Insane asylums in Bengal annual reports 1876-1887 - 1876-1887
Year: 1876
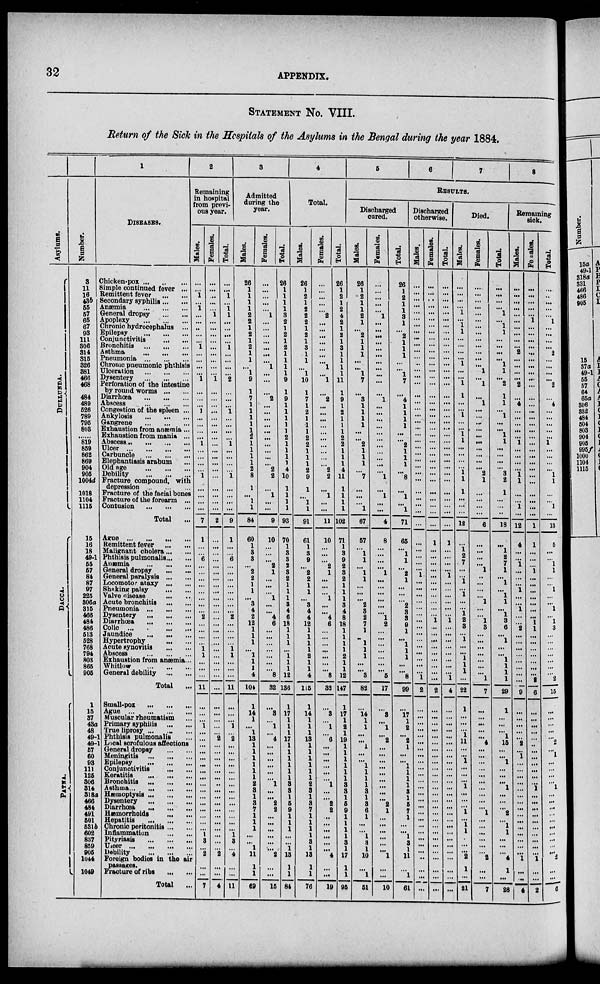
32
APPENDIX.
STATEMENT No. VIII.
Return of the Sick in the Hospitals of the Asylums in the Bengal during the year 1884.
Asylums.
DULLUNDA .
DACCA.
PATNA.
Number.
3
11
16
43b
55
57
93
111
306
314
315
326
381
466
468
484
489
526
789
795
803
......
819
859
862
869
904
905
1004d
1018
1104
1115
15
16
18
49-1
55
57
84
87
97
225
306a
315
466
484
486
513
528
768
794
803
865
905
1
15
37
43a
48
49-1
49-1
57
60
93
111
125
306
314
318a
466
484
491
501
531b
602
837
859
905
1044
1049
1
DISEASES.
Chicken-pox ... ... ...
Simple continued fever ...
Remittent fever ... ...
Secondary syphilis...
Anæmia
...
...
...
General dropsy
...
...
Epilepsy
...
...
...
Conjunctivitis ... ...
Bronchitis
...
...
...
Asthma ... ... ...
Pneumonia
...
...
...
Chronic pneumonic phthisis
Ulceration
...
...
...
Dysentery
...
...
...
Perforation of the intestine
by round worms ... ...
Diarrhœa
...
...
...
Abscess
...
...
...
Congestion of the spleen ...
Ankylosis ... ... ...
Gangrene
...
...
...
Exhaustion from anæmia...
Exhaustion from mania ...
Abscess ... ... ... ...
Ulcer
...
...
...
...
Carbuncle ... ... ... ...
Elephantiasis arabum ...
Old Age
...
...
...
Debility
...
...
...
Fracture compound, with
depression
Fracture of the facial bones
Fracture of the forearm ...
Contusion
...
...
...
Total ...
Ague
...
...
...
Remittent fever
...
...
Malignant cholera ... ...
Phthisis pulmonalis ... ...
Anæmia
...
...
...
General dropsy ... ...
General paralysis ... ...
Locomotor ataxy ... ...
Shaking palsy ... ...
Valve disease ... ...
Acute bronchitis... ... ...
Pneumonia
...
...
...
Dysentery
...
...
...
Diarrhœa ... ... ...
Colic ... ... ...
Jaundice
...
...
...
Hypertrophy ... ... ...
Acute synovitis ... ... ...
Abscess
...
...
...
Exhaustion from anæmia...
Whitlow
...
...
...
General debility ... ... ...
Total ...
Small-pox ... ... ...
Ague
...
...
...
...
Muscular rheumatism ...
Primary syphilis ... ...
True liprosy ... ... ...
Phthisis pulmonalis ...
Local scrofulous affections
General dropsy
...
Meningitis
...
...
...
Epilepsy
...
...
...
Conjunctivitis
...
..
Keratitis
...
...
...
Bronchitis ... ... ...
Asthma
...
...
...
Hæmoptysis ... ... ...
Dysentery
...
...
...
Diarrhœa ... ... ...
Hæmorrhoids ... ... ...
Hepatitis
...
...
...
Chronic peritonitis ... ...
Inflammation
...
...
Pityriasis
...
...
Ulcer
...
...
...
Debility ... ... ... ...
Foreign bodies in the air
passages.
Fracture of ribs ... ...
Total ...
2
Remaining
in hospital
from previ-
ous year.
Males.
...
...
1
...
1
...
...
...
...
...
1
...
...
...
...
1
...
...
...
1
...
...
...
...
1
...
...
...
...
1
...
...
...
...
7
1
...
...
6
...
...
...
...
...
...
...
...
2
...
...
...
...
1
1
...
...
...
11
...
...
...
1
...
...
...
...
...
...
...
...
...
...
...
...
...
...
...
...
1
3
...
2
...
...
7
Females.
...
...
...
...
...
1
...
...
...
...
...
...
...
...
...
1
...
...
...
...
...
...
...
...
...
...
...
...
...
...
...
...
...
...
...
...
...
...
...
...
...
...
...
...
...
...
...
...
...
...
...
...
...
...
...
...
...
...
...
...
...
...
...
2
...
...
...
...
...
...
...
...
...
...
...
...
...
...
..
...
...
2
...
...
4
Total.
...
...
1
...
1
1
...
...
...
...
1
...
...
...
...
2
...
...
...
1
...
...
...
...
1
...
...
...
...
1
...
...
...
...
9
1
...
...
6
...
...
...
...
...
...
...
...
2
...
...
...
...
1
1
...
...
...
11
...
...
...
1
2
...
...
...
...
...
...
...
...
...
...
...
...
...
...
1
3
...
4
...
...
11
3
Admitted
during the
year.
Males.
26
1
1
1
1
2
2
1
2
1
2
1
1
...
1
9
1
7
1
1
1
1
1
2
1
1
1
1
2
8
1
...
1
1
84
60
1
3
3
...
2
2
1
1
...
3
4
2
12
1
1
1
...
1
1
1
4
104
1
14
1
...
1
13
1
1
1
1
1
1
2
3
1
3
7
1
1
1
...
...
1
11
1
1
69
Females.
...
...
...
...
...
1
...
...
...
...
...
...
...
1
...
...
...
2
...
...
...
...
...
...
...
...
...
...
2
2
...
1
...
...
9
10
...
...
...
2
1
...
...
...
1
...
...
4
6
...
...
...
...
...
...
...
8
32
...
3
...
1
...
4
...
...
...
...
...
...
1
...
...
2
2
...
...
...
...
...
...
2
...
...
15
Total.
26
1
1
1
1
3
2
1
2
1
2
1
1
1
1
9
1
9
1
1
1
1
1
2
1
1
1
1
4
10
1
1
1
1
93
70
1
3
3
2
3
2
1
1
1
3
4
6
18
1
1
1
...
1
1
1
12
136
1
17
1
1
1
17
1
1
1
1
1
1
3
3
1
5
9
1
1
1
...
...
1
13
1
1
84
4
Total.
Males.
26
1
2
1
2
2
2
1
2
1
3
1
1
...
1
10
1
7
1
2
1
1
1
2
2
1
1
1
2
9
1
...
1
1
91
61
1
3
9
...
2
2
1
1
1
3
4
4
12
1
1
1
1
2
1
1
4
115
1
14
1
1
1
13
1
1
1
1
1
1
2
3
1
2 7
1
1
1
1
3
1
13
1
1
76
Females.
...
...
...
...
...
2
...
...
...
...
...
...
...
1
...
1
...
2
...
...
...
...
...
...
...
...
...
...
2
2
...
1
...
...
11
10
...
...
...
2
1
...
...
...
...
...
...
4
6
...
...
...
...
...
...
...
8
32
...
3
...
1
...
6
...
...
...
...
...
...
1
...
...
5
2
...
...
...
...
...
...
4
...
...
19
Total.
26
1
2
1
2
4
2
1
2
1
3
1
1
1
1
11
1
9
1
2
1
1
1
2
2
1
1
1
4
11
1
1
1
1
102
71
1
3
9
2
3
2
1
1
1
3
4
8
18
1
1
1
1
2
1
1
12
147
1
17
1
2
1
19
1
1
1
1
1
1
3
3
1
5
9
1
1
1
1
3
1
17
1
1
95
5
6
7
8
RESULTS.
Discharged
cured.
Males.
26
1
2
1
1
2
...
...
2
1
1
1
...
...
1
7
...
3
1
1
1
1
...
...
2
1
1
1
...
7
...
...
...
1
67
57
...
1
1
...
1
1
1
...
...
...
3
2
7
1
...
1
1
1
...
...
3
82
...
14
1
1
...
...
1
...
...
1
1
1
1
3
1
3
6
1
...
...
1
3
1
10
...
1
51
Females.
...
...
...
...
...
1
...
...
...
...
...
...
...
...
...
...
...
1
...
...
...
...
...
...
...
...
...
...
...
1
...
1
...
...
4
8
...
...
...
...
1
...
...
...
...
...
...
1
2
...
...
...
...
...
...
...
5
17
...
3
...
1
...
2
...
...
...
...
...
...
...
...
...
2
1
...
...
...
...
...
...
1
...
...
10
Total.
26
1
2
1
1
3
...
...
2
1
1
1
...
...
1
7
...
4
1
1
1
1
...
...
2
1
1
1
...
8
...
1
...
1
71
65
...
1
1
...
2
1
1
...
...
...
3
3
9
1
...
1
1
1
...
...
8
99
...
17
1
2
...
2
1
...
...
1
1
1
1
3 1
5
7
1
...
...
1
3
1
11
...
1
61
Discharged
otherwise.
Males.
...
...
...
...
...
...
...
...
...
...
...
...
...
...
...
...
...
...
...
...
...
...
...
...
...
...
...
...
...
...
...
...
...
...
...
...
...
...
...
...
1
...
...
...
...
...
...
...
...
...
...
...
...
...
...
...
1
2
...
...
...
...
...
...
...
...
...
...
...
...
...
...
...
...
...
...
...
...
...
...
...
...
...
...
...
Females.
...
...
...
...
...
...
...
...
...
...
...
...
...
...
...
...
...
...
...
...
...
...
...
...
...
...
...
...
...
...
...
...
...
...
...
1
...
...
...
...
...
...
...
...
...
...
...
1
...
...
...
...
...
...
...
...
...
2
...
...
...
...
...
...
...
...
...
...
...
...
...
...
...
...
...
...
...
...
...
...
...
...
...
...
...
Total.
...
...
...
...
...
...
...
...
...
...
...
...
...
...
...
...
...
...
...
...
...
...
...
...
...
...
...
...
...
...
...
...
...
...
...
1
...
...
...
...
1
...
...
...
...
...
...
1
...
...
...
...
...
...
...
...
1
4
...
...
...
...
...
...
...
...
...
...
...
...
...
...
...
...
...
...
...
...
...
...
...
...
...
...
...
Died.
Males.
...
...
...
...
1
...
1
1
...
...
...
...
1
...
...
1
1
...
...
1
...
...
1
1
...
...
...
...
1
1
1
...
...
...
12
...
1
2
7
...
...
1
...
1
1
...
1
2
3
...
1
...
...
1
1
1
...
22
1
...
...
...
1
11
...
...
1
...
...
...
1
...
...
...
1
...
1
1
...
...
...
2
1
...
21
Females.
...
...
...
...
...
...
...
...
...
...
...
...
...
1
...
1
...
1
...
...
...
...
...
...
...
...
...
...
2
1
...
...
...
...
6
...
...
...
...
...
1
...
...
...
1
...
...
1
3
...
...
...
...
...
...
...
1
7
...
...
...
...
...
4
...
...
...
...
...
...
...
...
...
...
1
...
...
...
...
...
...
2
...
...
7
Total.
...
...
...
...
1
...
1
1
...
...
...
...
...
1
1
2
1
1
...
1
...
...
1
1
...
...
...
...
3
2
1
...
...
..
18
...
1
2
7
...
1
1
...
1
1
...
1
3
6
...
1
...
...
1
1
1
1
29
1
...
...
...
1
15
...
...
1
...
...
...
1
...
...
...
2
...
1
1
...
...
...
4
1
...
28
Remaining
sick.
Males.
...
...
...
...
...
...
...
...
...
...
...
2
...
...
...
...
2
...
4
...
...
...
...
1
...
...
...
...
1
1
...
...
1
12
4
...
...
1
...
...
...
...
1
...
1
...
...
2
...
...
...
...
...
...
...
...
9
...
...
...
...
...
2
...
1
...
...
...
...
...
...
...
...
...
...
...
...
...
...
1
...
...
4
Females.
...
...
...
...
...
...
...
...
...
...
...
...
...
...
...
...
...
...
...
...
...
...
...
...
...
...
...
...
...
...
...
...
...
...
1
1
...
...
...
1
...
...
...
...
...
...
...
1
1
...
...
...
...
...
...
...
2
6
...
...
...
...
...
...
...
...
...
...
...
...
1
...
...
...
...
...
...
...
...
...
...
1
...
...
2
Total.
...
...
...
...
...
...
...
...
...
...
...
2
...
...
...
...
2
...
4
...
...
...
...
...
1
...
...
...
...
1
1
...
...
1
13
5
...
...
1
1 ...
...
...
1
...
1
...
1
3
...
...
...
...
...
...
...
2
15
...
...
...
...
...
2
...
1
...
...
...
1
...
...
...
...
...
...
...
...
...
...
2
...
...
6